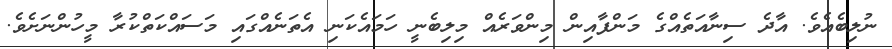
ނުލިބެއެވެ. އާދެ ސިނާއަތެއްގެ މަންފާއިން މިންވަރެއް މިލިބެނީ ހަމައެކަނި އެތަނެއްގައި މަސައްކަތްކުރާ މީހުންނަށެވެ.